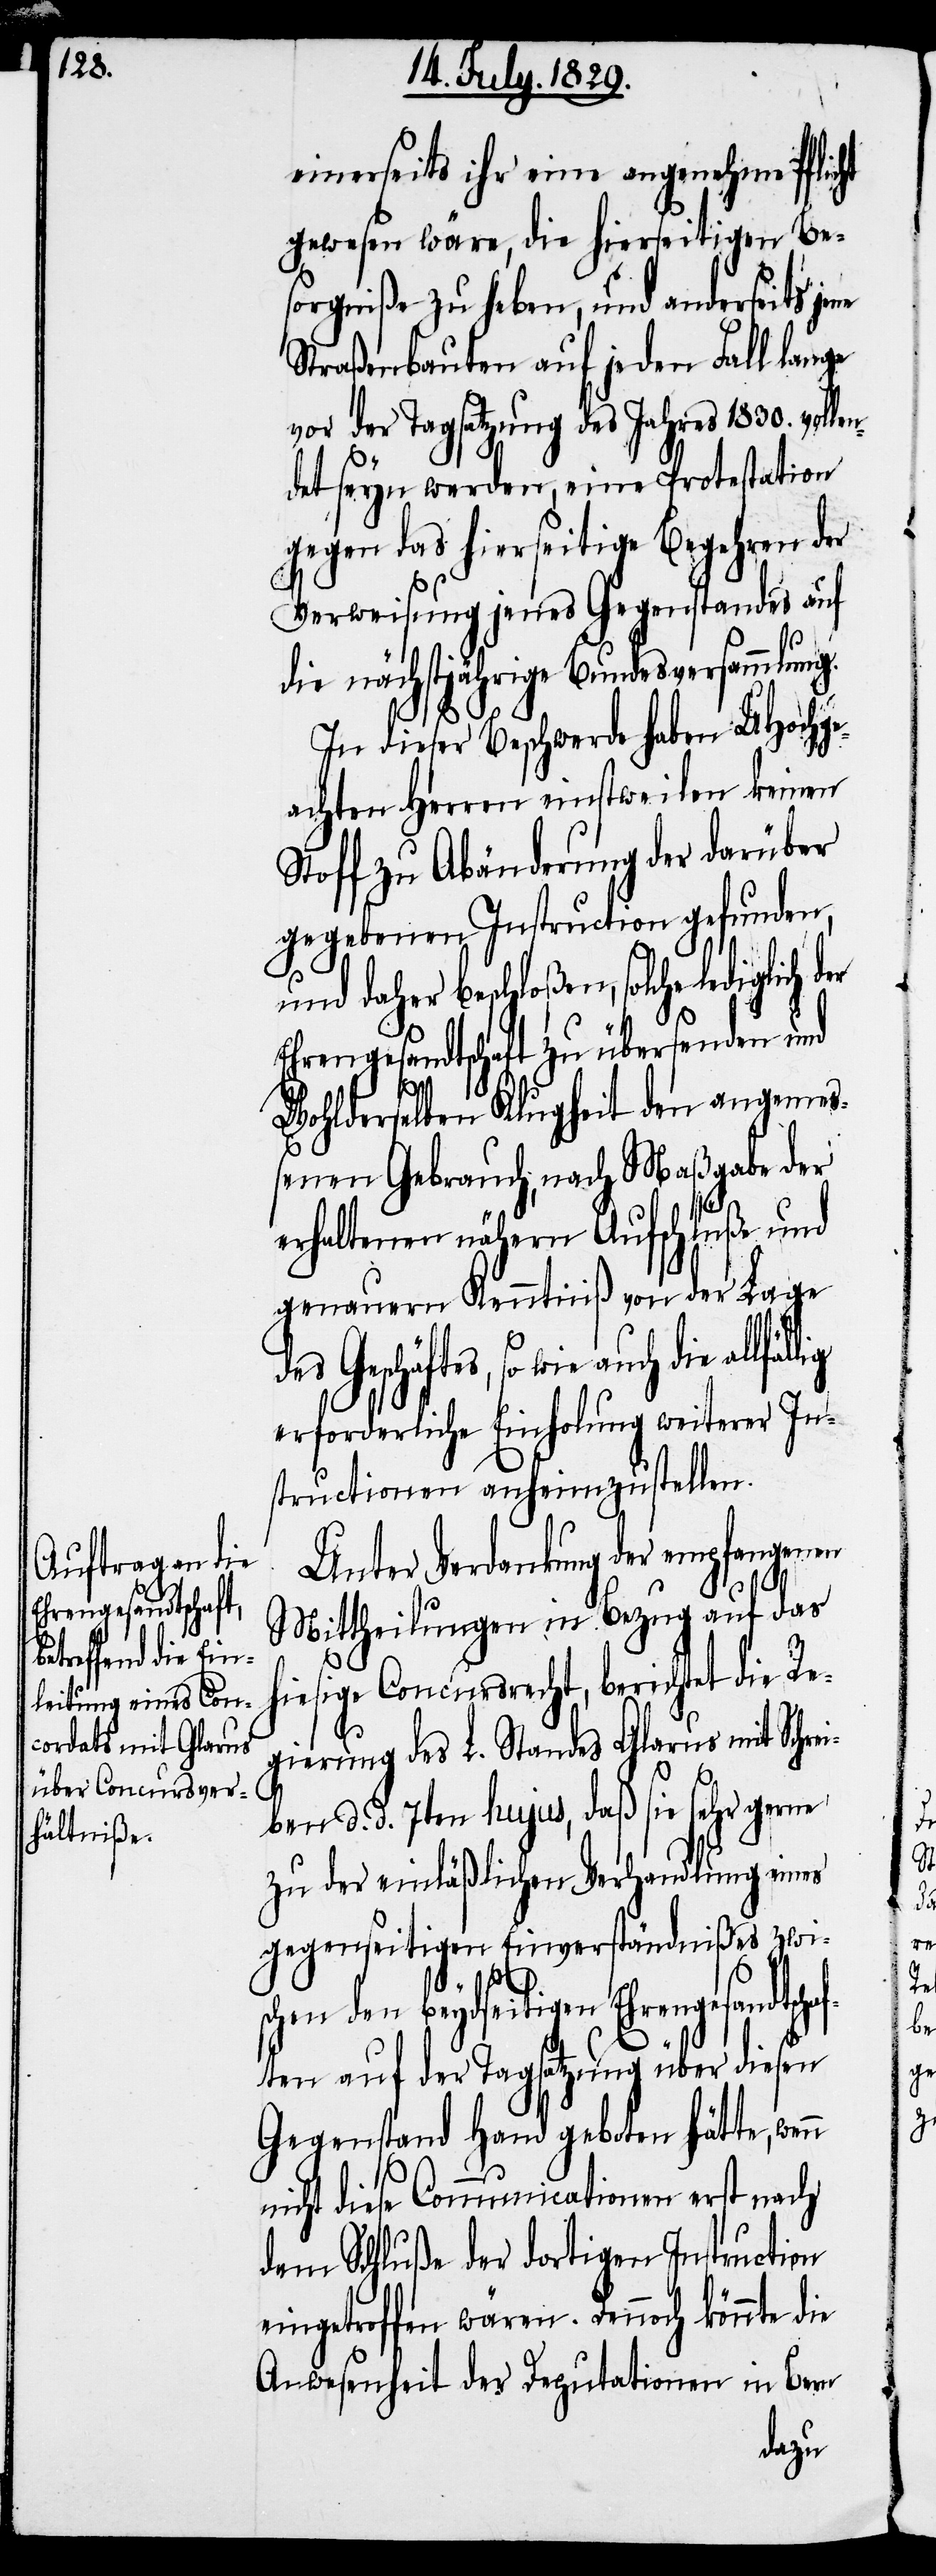
einerseits ihr eine angenehme Pflicht
gewesen wäre, die hierseitigen Be¬
sorgniße zu heben, und anderseits jene
Straßenbauten auf jeden Fall lange
vor der Tagsatzung des Jahres 1830. volle¬
ndet seyn werden, eine Protestation
gegen das hierseitige Begehren auf
die nächstjährige Bundesversammlung.
In dieser Beschwerde haben UHochge¬
achten Herren einstweilen keinen
Stoff zu Abänderung der darüber
gegebenen Instruction gefunden,
und daher beschloßen, solche ledigli¬
Ehrengesandtschaft zu übersenden und
Wohlderselben Klugheit den angemeß¬
enen Gebrauch, nach Maßgabe der
erhaltenen nähern Aufschlüße und
genauern Kenntniß von der Lage
des Geschäftes, so wie auch die
erforderliche Einholung weiterer In¬
structionen anheimzustellen.
Unter Verdankung der empfangenen
h¬
Mittheilungen in Bezug auf das
iesige Concursrecht, berichtet die Re¬
gierung des L. Standes Glarus mit Schrei¬
der
n
ben d. d. 7ten hujus, daß sie sehr gerne
zu der einläßlichen Verhandlung eines
gegenseitigen Einverständnißes zwi¬
schen den beydseitigen Ehrengesandtschaf¬
ten auf der Tagsatzung über diesen
Gegenstand Hand geboten hätte, wen¬
nicht diese Communicationen erst nach
dem Schluß der dortigen Instruction
eingetroffen wären. Dennoch könnte die
Anwesenheit der Deputationen in Bern